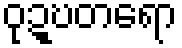
ဝုဍ္ဎတရော